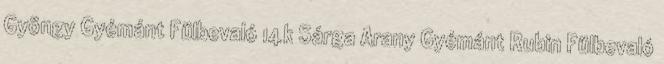
Gyöngy Gyémánt Fülbevaló 14k Sárga Arany Gyémánt Rubin Fülbevaló